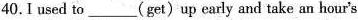
40. I used to ___ (get)up early and take an hour's